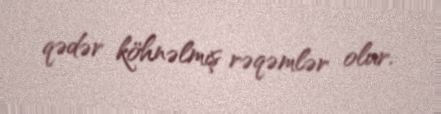
qədər köhnəlmiş rəqəmlər olur.